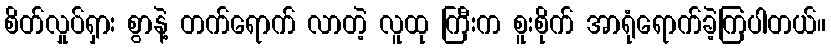
စိတ်လှုပ်ရှား စွာနဲ့ တက်ရောက် လာတဲ့ လူထု ကြီးက စူးစိုက် အာရုံရောက်ခဲ့ကြပါတယ်။